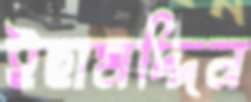
ইছামদ্দিন